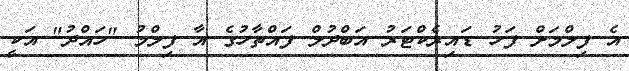
އެ ފިލްމަށް ފަހު ޑައިރެކްޓަރު އަބްދުލް ފައްތާހުގެ އާ ފިލްމު "ހައްދު" އަކީ